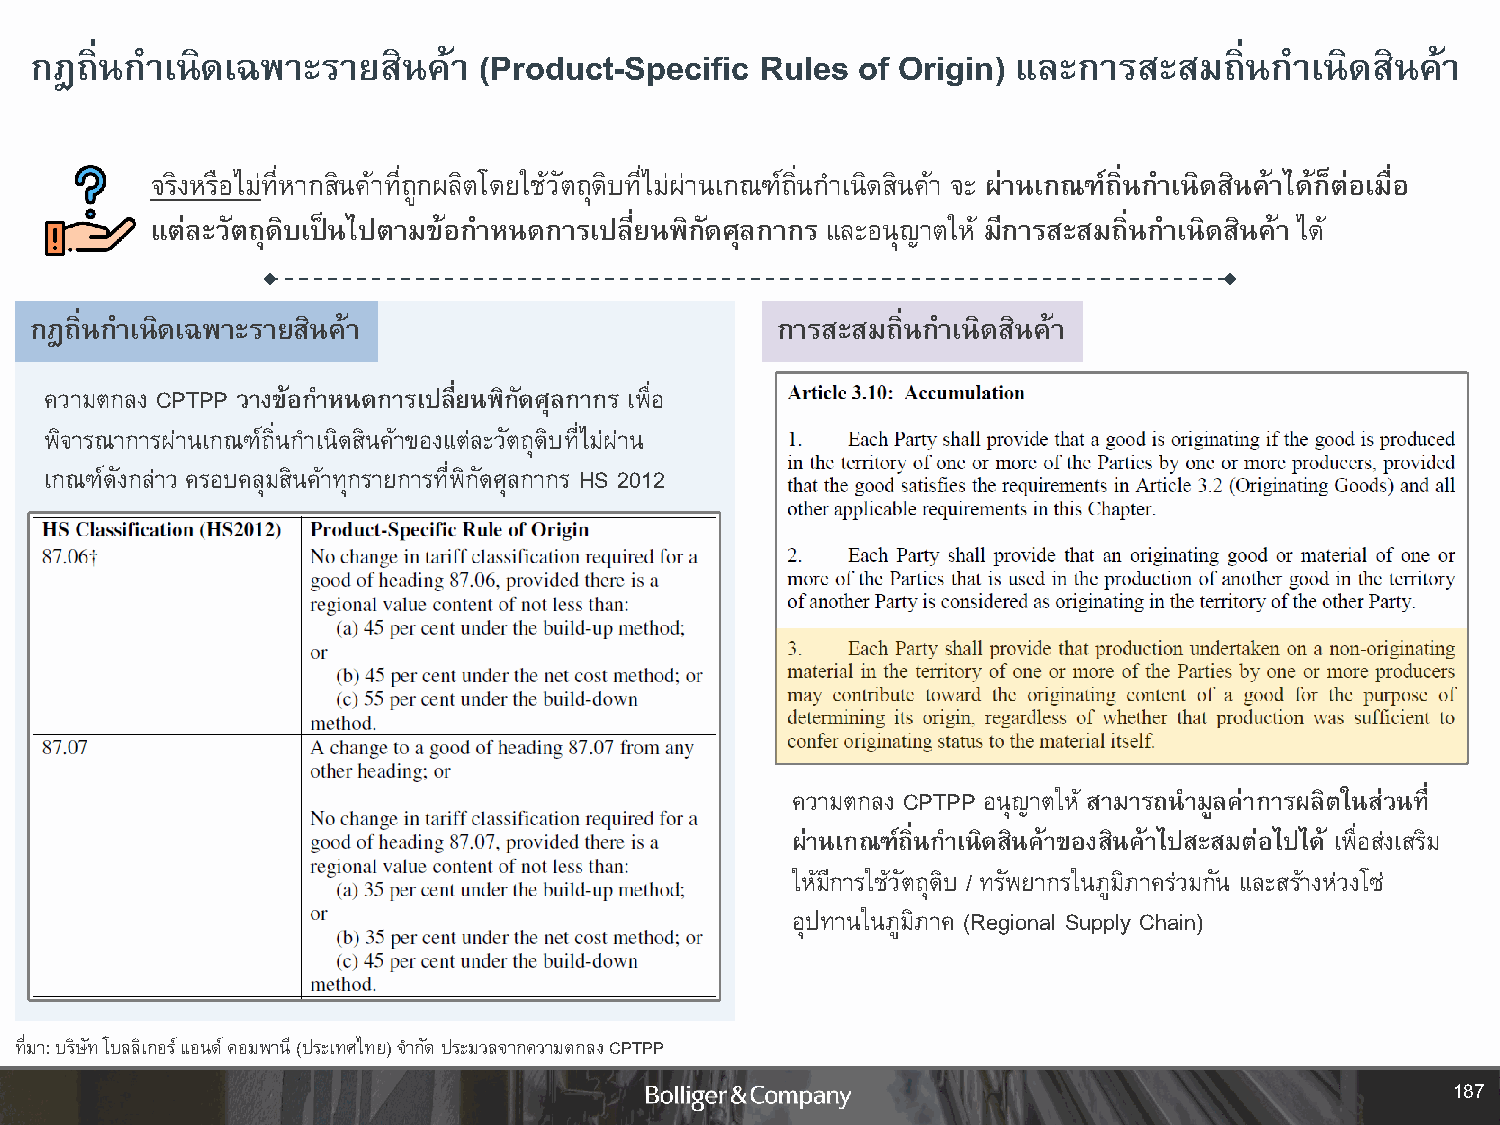
กฎถิ่นก าเนิดเฉพาะรายสินค้า   (Product-Specific Rules  of Origin) และการสะสมถิ่นก   าเนิดสินค้า
 จริงหรือไม่ที่หากสินค้าที่ถูกผลิตโดยใช้วัตถุดิบที่ไม่ผ่านเกณฑ์ถนิ่ กา เนดิ สินค้า จะ ผ่านเกณฑ์ถิ่นก าเนิดสินค้าได้ก็ต่อเมื่อ
 แต่ละวัตถุดิบเป็นไปตามข้อก าหนดการเปลี่ยนพิกัดศุลกากร และอนุญาตให้ มีการสะสมถิ่นก าเนิดสินค้า ได้
 กฎถิ่นก าเนิดเฉพาะรายสินค้า                      การสะสมถิ่นก าเนิดสินค้า
 ความตกลง CPTPP วางข้อก าหนดการเปลี่ยนพิกัดศุลกากร เพื่อ
 พิจารณาการผ่านเกณฑ์ถิ่นก าเนิดสินค้าของแต่ละวัตถุดิบที่ไม่ผ่าน
 เกณฑ์ดังกล่าว ครอบคลุมสินค้าทุกรายการที่พิกัดศุลกากร HS 2012
 ความตกลง CPTPP อนุญาตให้ สามารถน ามูลค่าการผลิตในส่วนที่
 ผ่านเกณฑ์ถิ่นก าเนิดสินค้าของสินค้าไปสะสมต่อไปได้ เพื่อส่งเสริม
 ให้มีการใช้วัตถุดิบ / ทรัพยากรในภูมิภาคร่วมกัน และสร้างห่วงโซ่
 อุปทานในภูมิภาค (Regional Supply Chain)
 ที่มา: บริษัท โบลลิเกอร์ แอนด์ คอมพานี (ประเทศไทย) จ ากัด ประมวลจากความตกลง CPTPP
 187